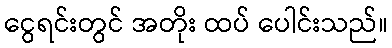
ငွေရင်းတွင် အတိုး ထပ် ပေါင်းသည်။